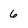
Character: 6